Etiology and epidemiology of plague
Disease focus: Plague
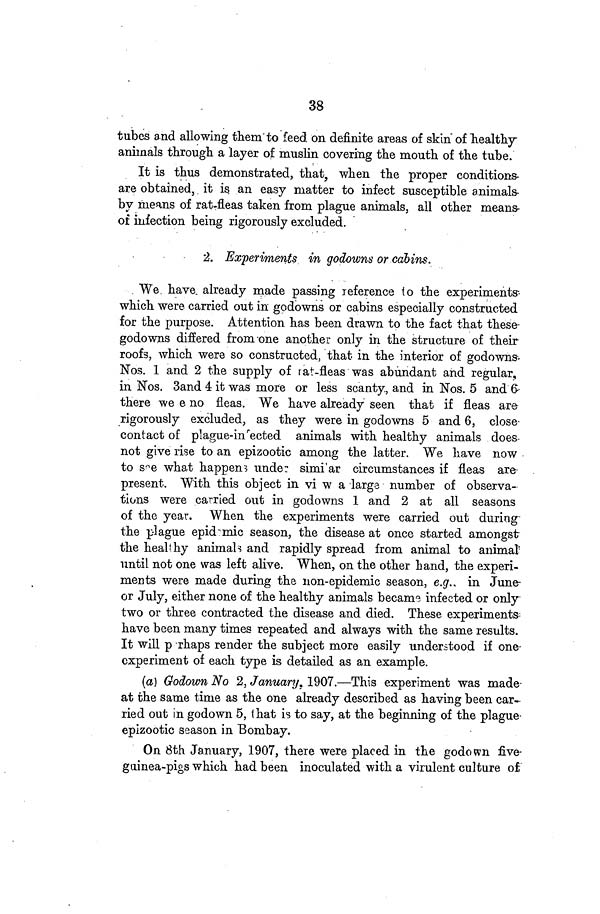
38
tubes and allowing them to feed on definite areas of skin of healthy
animals through a layer of muslin covering the mouth of the tube.
It is thus demonstrated, that, when the proper conditions
are obtained, it is an easy matter to infect susceptible animals
by means of rat-fleas taken from plague animals, all other means-
of infection being rigorously excluded.
2. Experiments in godowns or cabins.
We have already made passing reference to the experiments
which were carried out in godowns or cabins especially constructed
for the purpose. Attention has been drawn to the fact that these
godowns differed from one another only in the structure of their
roofs, which were so constructed, that in the interior of godowns
Nos. 1 and 2 the supply of rat-fleas was abundant and regular,
in Nos. 3and 4 it was more or less scanty, and in Nos. 5 and 6
there we e no fleas. We have already seen that if fleas are
rigorously excluded, as they were in godowns 5 and 6, close
contact of plague-infected animals with healthy animals does
not give rise to an epizootic among the latter. We have now
to see what happens under similar circumstances if fleas are
present. With this object in vi w a large number of observa-
tions were carried out in godowns 1 and 2 at all seasons
of the year. When the experiments were carried out during
the plague epidemic season, the disease at once started amongst
the healthy animals and rapidly spread from animal to animal
until not one was left alive. When, on the other hand, the experi-
ments were made during the non-epidemic season, e.g.. in June-
or July, either none of the healthy animals became infected or only
two or three contracted the disease and died. These experiments-
have been many times repeated and always with the same results.
It will p rhaps render the subject more easily understood if one-
experiment of each type is detailed as an example.
(a) Godown No 2, January, 1907.—This experiment was made
at the same time as the one already described as having been car-
ried out in godown 5, that is to say, at the beginning of the plague-
epizootic season in Bombay.
On 8th January, 1907, there were placed in the godown five
guinea-pigs which had been inoculated with a virulent culture of